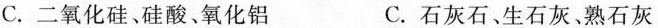
C.二氧化硅、硅酸、氧化铝 C.石灰石、生石灰、熟石灰